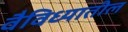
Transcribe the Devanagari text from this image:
वैविध्यातील